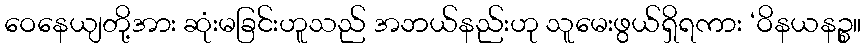
ဝေနေယျတို့အား ဆုံးမခြင်းဟူသည် အဘယ်နည်းဟု သူမေးဖွယ်ရှိရကား ‘ဝိနယနဉ္စ။